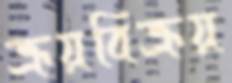
ক্রয়বিক্রয়